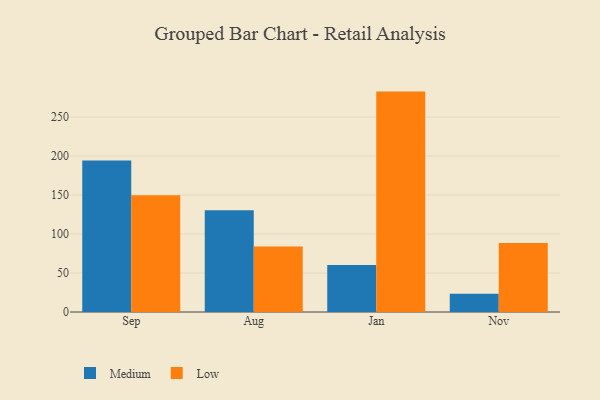
{"axis": {"x": "Month", "y": "Net Income (USD K)"}, "legend": ["Low", "Medium"], "data": [{"x": "Sep", "y": 194.2, "type": "Medium"}, {"x": "Sep", "y": 149.6, "type": "Low"}, {"x": "Aug", "y": 130.6, "type": "Medium"}, {"x": "Aug", "y": 84.1, "type": "Low"}, {"x": "Jan", "y": 60.3, "type": "Medium"}, {"x": "Jan", "y": 282.6, "type": "Low"}, {"x": "Nov", "y": 23.5, "type": "Medium"}, {"x": "Nov", "y": 88.5, "type": "Low"}]}